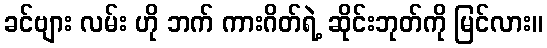
ခင်ဗျား လမ်း ဟို ဘက် ကားဂိတ်ရဲ့ ဆိုင်းဘုတ်ကို မြင်လား။